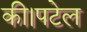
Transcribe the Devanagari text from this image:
की।पटेल